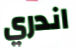
اندري